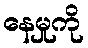
နေမှုကို